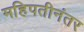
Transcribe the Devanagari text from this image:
महिपतीनंतर